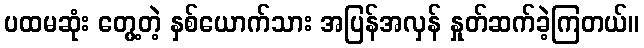
ပထမဆုံး တွေ့တဲ့ နှစ်ယောက်သား အပြန်အလှန် နှုတ်ဆက်ခဲ့ကြတယ်။